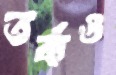
তর্কও